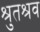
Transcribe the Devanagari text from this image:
श्रुतश्रव